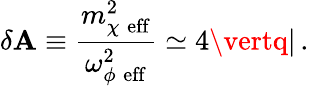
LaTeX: \delta\mathbf{A}\equiv\frac{{m_{\chi\; \mathrm{{eff}}}^{2}}}{{\omega_{\phi\; \mathrm{{eff}}}^{2}}}\simeq4\vertq\vert\, .